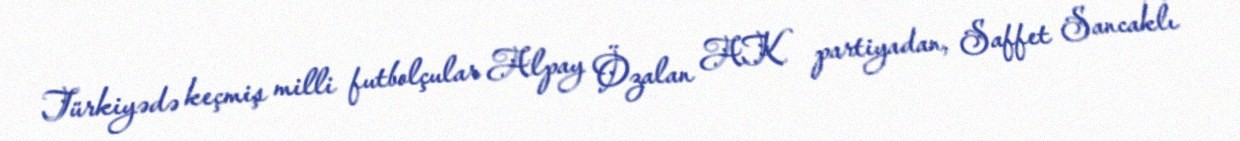
Türkiyədə keçmiş milli futbolçular Alpay Özalan AK partiyadan, Saffet Sancaklı